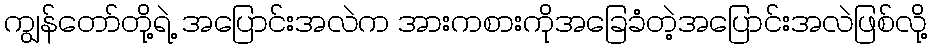
ကျွန်တော်တို့ရဲ့ အပြောင်းအလဲက အားကစားကိုအခြေခံတဲ့အပြောင်းအလဲဖြစ်လို့